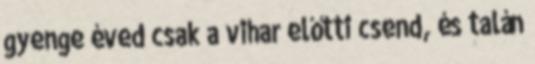
gyenge éved csak a vihar előtti csend, és talán